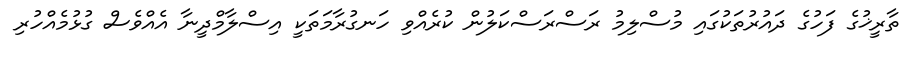
ތާރީޚުގެ ފަހުގެ ދައުރުތަކުގައި މުސްލިމު ރަސްރަސްކަލުން ކުރެއްވި ހަނގުރާމަތަކީ އިސްލާމްދީނާ އެއްވެސް ގުޅުމެއްހުރި